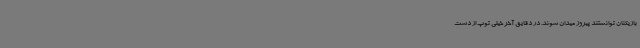
بازیکنان توانستند پیروز میدان شوند. در دقایق آخر خیلی توپ از دست